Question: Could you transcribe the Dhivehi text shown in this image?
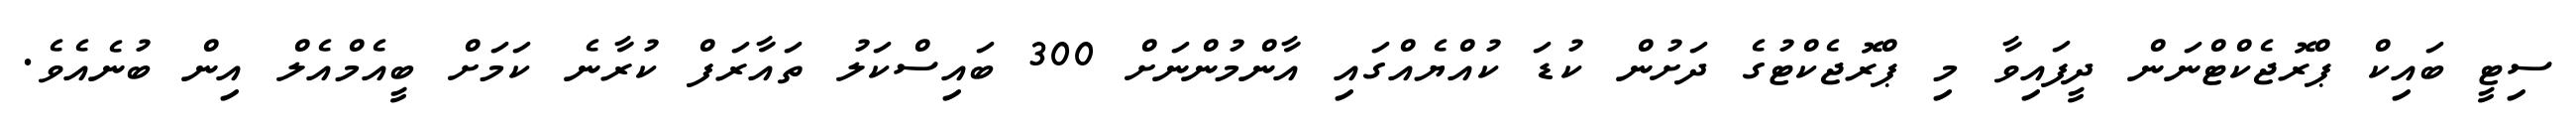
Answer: ސިޓީ ބައިކް ޕްރޮޖެކްޓްނަން ދީފައިވާ މި ޕްރޮޖެކްޓުގެ ދަށުން ކުޑަ ކުއްޔެއްގައި އާންމުންނަށް 300 ބައިސްކަލު ތައާރަފް ކުރާނެ ކަމަށް ބީއެމްއެލް އިން ބުނެއެވެ.